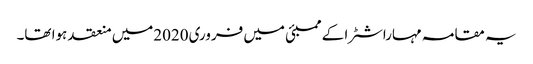
یہ مقامہ مہاراشٹرا کے ممبئی میں فروری2020میں منعقد ہوا تھا۔